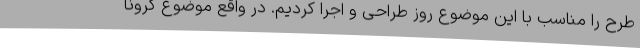
طرح را مناسب با این موضوع روز طراحی و اجرا کردیم. در واقع موضوع کرونا